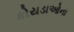
કોયડાઓના